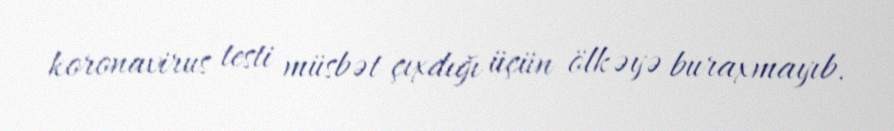
koronavirus testi müsbət çıxdığı üçün ölkəyə buraxmayıb.